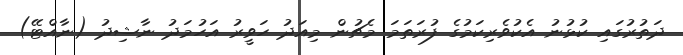
ދަތުރުގައި ކުޅުނު އެކުވެރިކަމުގެ ފުރަތަމަ މެޗުން މިއަދު ހަވީރު އަހުމަދު ނާޝިދު (ނާއްޓޭ)